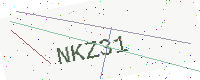
Text: NKZ31